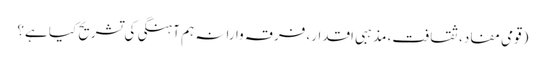
(قومی مفاد، ثقافت، مذہبی اقدار، فرقہ وارانہ ہم آہنگی کی تشریح کیا ہے؟